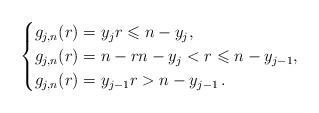
LaTeX: \begin{align*} \begin{cases} g_{j,n}(r)= y_j r \leqslant n-y_j,\\ g_{j,n}(r)=n-r n-y_j < r \leqslant n-y_{j-1},\\ g_{j,n}(r)=y_{j-1} r > n-y_{j-1} \,.\end{cases}\end{align*}